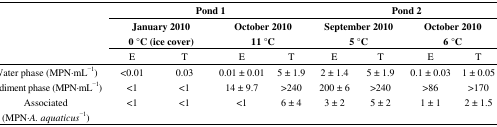
| <ROWSPAN=3>  | <COLSPAN=4> Pond 1 | <COLSPAN=4> Pond 2 |
 | <COLSPAN=2> January 2010 0 °C (ice cover) | <COLSPAN=2> October 2010 11 °C | <COLSPAN=2> September 2010 5 °C | <COLSPAN=2> October 2010 6 °C |
 | E | T | E | T | E | T | E | T |
 | --- | --- | --- | --- | --- | --- | --- | --- | --- |
 | Water phase (MPN·mL−1) | <0.01 | 0.03 | 0.01 ± 0.01 | 5 ± 1.9 | 2 ± 1.4 | 5 ± 1.9 | 0.1 ± 0.03 | 1 ± 0.05 |
 | Sediment phase (MPN·mL−1) | <1 | <1 | 14 ± 9.7 | >240 | 200 ± 6 | >240 | >86 | >170 |
 | Associated (MPN·A. aquaticus−1) | <1 | <1 | <1 | 6 ± 4 | 3 ± 2 | 5 ± 2 | 1 ± 1 | 2 ± 1.5 |